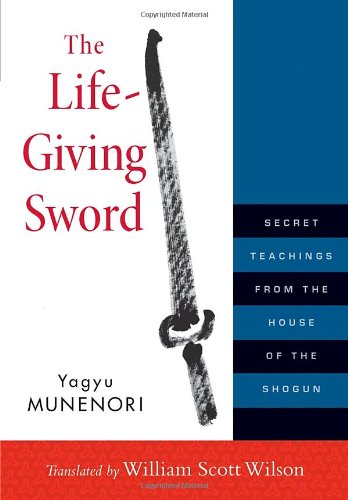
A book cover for The Life-Giving Sword: Secret Teachings from the House of the Shogun; Yagyu Munenori; Sports & Outdoors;